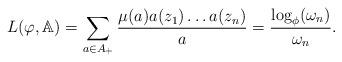
LaTeX: \begin{align*}L(\varphi,\mathbb{A})=\sum\limits_{a\in A_{+}}\frac{\mu(a)a(z_1)\dots a(z_n)}{a}=\frac{\log_{\phi}(\omega_n)}{\omega_n}.\end{align*}